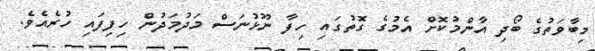
މިބާވަތުގެ ބޯދި އާންމުކޮށް އެމުގެ ގޮތުގައި ހިފާ ނޫޅުނަސް މަދުމަދުން ހިފިފައި ހުރެއެވެ.